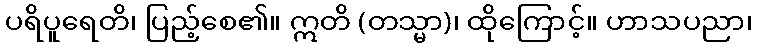
ပရိပူရေတိ၊ ပြည့်စေ၏။ ဣတိ (တသ္မာ)၊ ထိုကြောင့်။ ဟာသပညာ၊